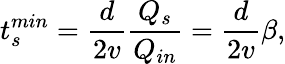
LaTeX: t_{s}^{min}=\frac{d}{2v}\frac{Q_{s}}{Q_{in}}=\frac{d}{2v}\beta,